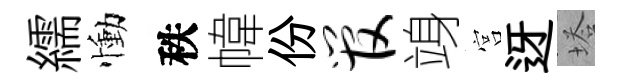
繻慟秩幃份管竧宫迓塔